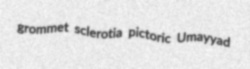
grommet sclerotia pictoric Umayyad